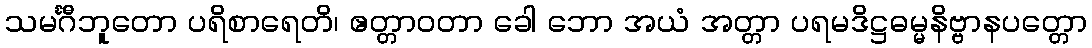
သမင်္ဂီဘူတော ပရိစာရေတိ၊ ဧတ္တာဝတာ ခေါ ဘော အယံ အတ္တာ ပရမဒိဋ္ဌဓမ္မနိဗ္ဗာနပတ္တော